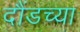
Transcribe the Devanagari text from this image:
दौंडच्या